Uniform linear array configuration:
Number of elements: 8
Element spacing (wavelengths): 1
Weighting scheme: binomial
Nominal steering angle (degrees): -60
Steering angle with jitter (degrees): -60.894
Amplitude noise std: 0.05
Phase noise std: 0.05

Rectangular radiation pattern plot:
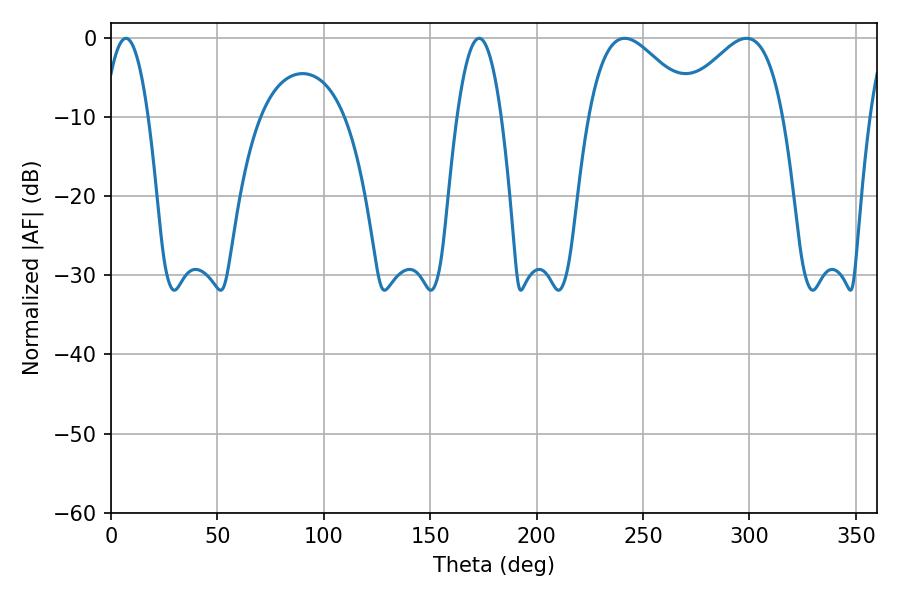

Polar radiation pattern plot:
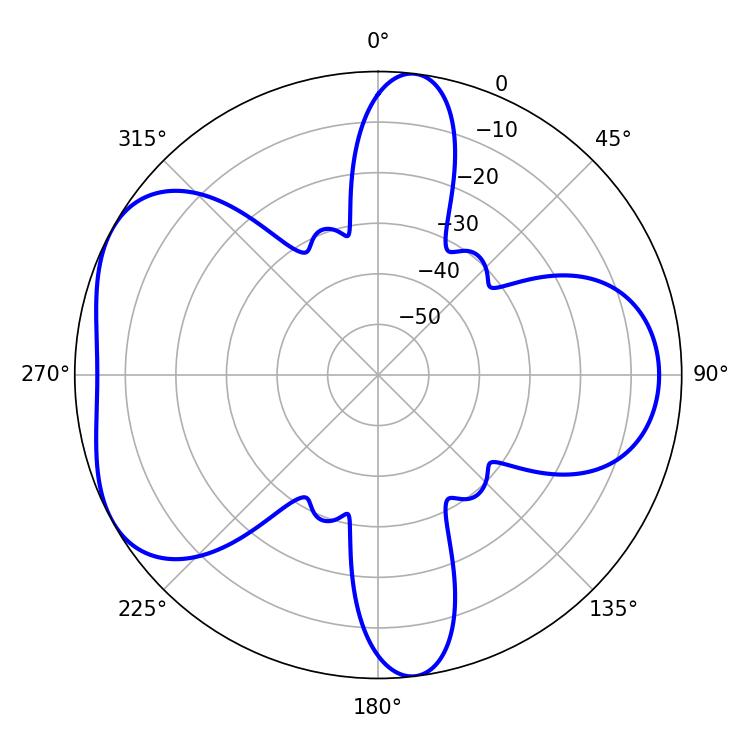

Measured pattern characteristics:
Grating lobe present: TRUE
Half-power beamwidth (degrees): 26.82
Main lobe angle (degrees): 241.38